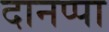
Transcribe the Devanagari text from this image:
दानप्पा